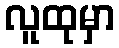
လူထုမှာ